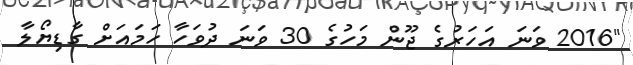
"2016 ވަނަ އަހަރުގެ ޖޫން މަހުގެ 30 ވަނަ ދުވަހާ ހަމައަށް ގާޑިޔޯލާ